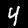
Label: 4